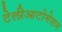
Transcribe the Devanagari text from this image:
टेलीआटोमेशन